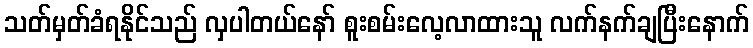
သတ်မှတ်ခံရနိုင်သည် လှပါတယ်နော် စူးစမ်းလေ့လာထားသူ လက်နက်ချပြီးနောက်